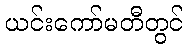
ယင်းကော်မတီတွင်